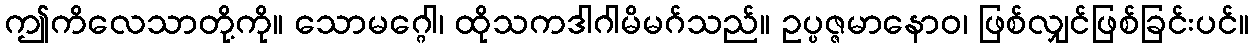
ဤကိလေသာတို့ကို။ သောမဂ္ဂေါ၊ ထိုသကဒါဂါမိမဂ်သည်။ ဥပ္ပဇ္ဇမာနောဝ၊ ဖြစ်လျှင်ဖြစ်ခြင်းပင်။